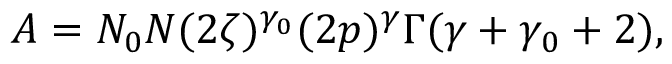
A = N _ { 0 } N ( 2 \zeta ) ^ { \gamma _ { 0 } } ( 2 p ) ^ { \gamma } \Gamma ( \gamma + \gamma _ { 0 } + 2 ) ,